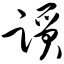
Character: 踬